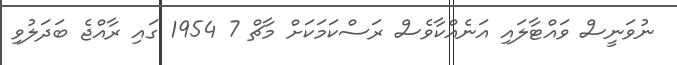
ނުވަނީސް ވައްޓާލައި އަނެއްކާވެސް ރަސްކަމަކަށް މާޗް 7 1954 ގައި ރާއްޖެ ބަދަލުވި